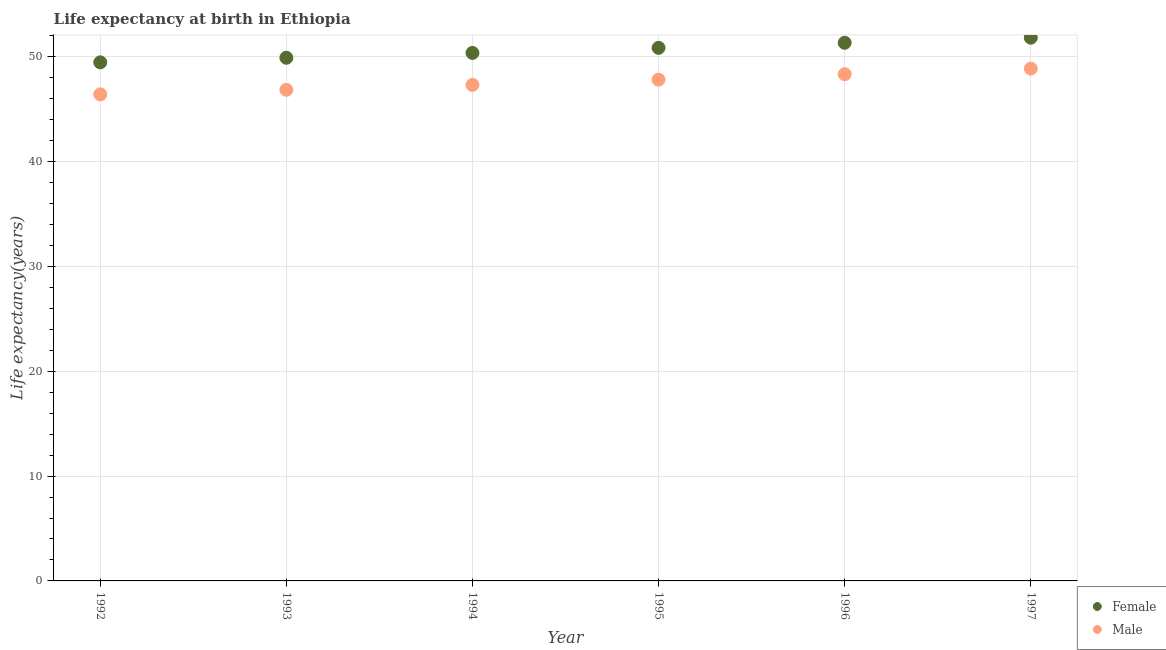
| Year | Female | Male |
 | --- | --- | --- |
 | 1992 | 49.5 | 46.4 |
 | 1993 | 49.9 | 46.9 |
 | 1994 | 50.4 | 47.3 |
 | 1995 | 50.9 | 47.8 |
 | 1996 | 51.3 | 48.3 |
 | 1997 | 51.8 | 48.9 |